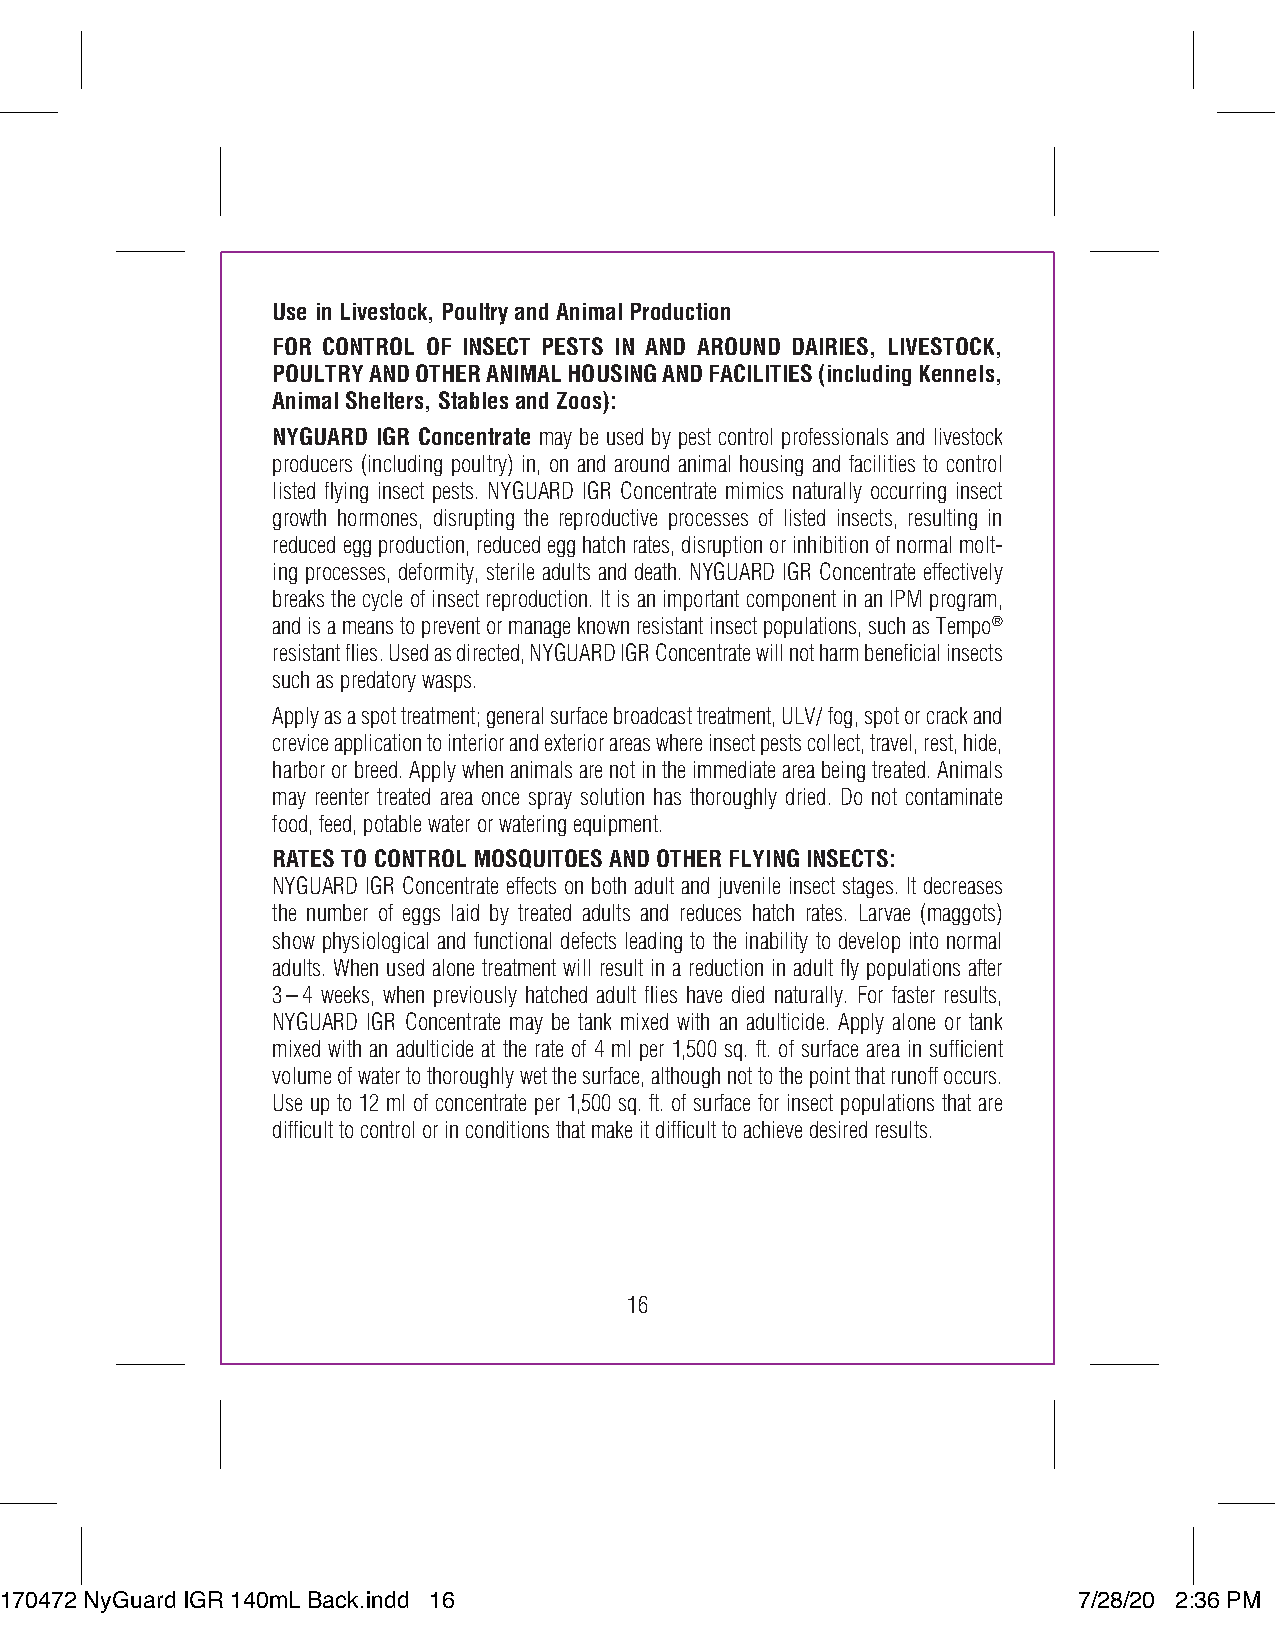
Use in Livestock, Poultry and Animal Production
 FOR CONTROL OF INSECT PESTS IN AND AROUND DAIRIES, LIVESTOCK,
 POULTRY AND OTHER ANIMAL HOUSING AND FACILITIES (including Kennels,
 Animal Shelters, Stables and Zoos):
 NYGUARD IGR Concentrate may be used by pest control professionals and livestock
 producers (including poultry) in, on and around animal housing and facilities to control
 listed flying insect pests. NYGUARD IGR Concentrate mimics naturally occurring insect
 growth hormones, disrupting the reproductive processes of listed insects, resulting in
 reduced egg production, reduced egg hatch rates, disruption or inhibition of normal molt-
 ing processes, deformity, sterile adults and death. NYGUARD IGR Concentrate effectively
 breaks the cycle of insect reproduction. It is an important component in an IPM program,
 and is a means to prevent or manage known resistant insect populations, such as Tempo®
 resistant flies. Used as directed, NYGUARD IGR Concentrate will not harm beneficial insects
 such as predatory wasps.
 Apply as a spot treatment; general surface broadcast treatment, ULV/ fog, spot or crack and
 crevice application to interior and exterior areas where insect pests collect, travel, rest, hide,
 harbor or breed. Apply when animals are not in the immediate area being treated. Animals
 may reenter treated area once spray solution has thoroughly dried. Do not contaminate
 food, feed, potable water or watering equipment.
 RATES TO CONTROL MOSQUITOES AND OTHER FLYING INSECTS:
 NYGUARD IGR Concentrate effects on both adult and juvenile insect stages. It decreases
 the number of eggs laid by treated adults and reduces hatch rates. Larvae (maggots)
 show physiological and functional defects leading to the inability to develop into normal
 adults. When used alone treatment will result in a reduction in adult fly populations after
 3–4 weeks, when previously hatched adult flies have died naturally. For faster results,
 NYGUARD IGR Concentrate may be tank mixed with an adulticide. Apply alone or tank
 mixed with an adulticide at the rate of 4 ml per 1,500 sq. ft. of surface area in sufficient
 volume of water to thoroughly wet the surface, although not to the point that runoff occurs.
 Use up to 12 ml of concentrate per 1,500 sq. ft. of surface for insect populations that are
 difficult to control or in conditions that make it difficult to achieve desired results.
 16
 117700447722 NNyyGGuuaarrdd IIGGRR 114400mmLL BBaacckk..iinndddd 1166  77//2288//2200 22::3366 PPMM